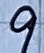
Text: 9